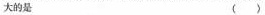
大的是()